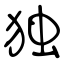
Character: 独